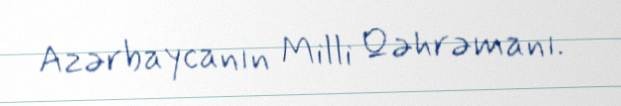
Azərbaycanın Milli Qəhrəmanı.